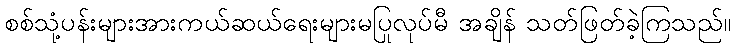
စစ်သုံ့ပန်းများအားကယ်ဆယ်ရေးများမပြုလုပ်မီ အချိန် သတ်ဖြတ်ခဲ့ကြသည်။